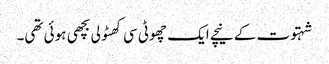
شہتوت کے نیچے ایک چھوٹی سی کھٹولی بچھی ہوئی تھی۔